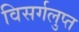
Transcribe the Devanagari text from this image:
विसर्गलुप्त